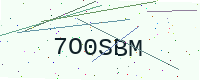
Text: 7O0SBM